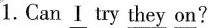
1.Can \underline{I}try \underline{they} \underline{on}